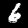
Label: 6